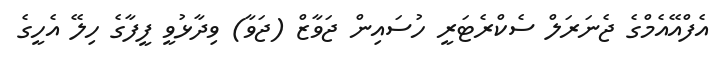
އެފްއޭއެމްގެ ޖެނަރަލް ސެކްރެޓަރީ ހުސައިން ޖަވާޒް (ޖަވާ) ވިދާޅުވީ ފީފާގެ ހިލޭ އެހީގެ